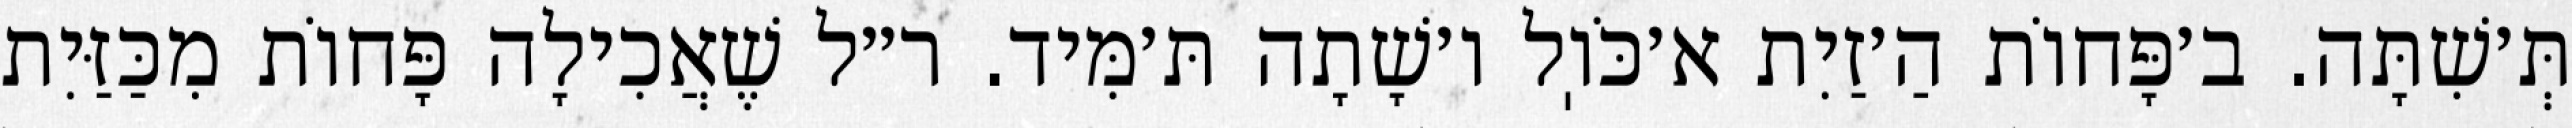
תְּ׳שִׁתָּה. ב׳פָּחוֹת הַ׳זַיִת א׳כֹּוֽל ו׳שָׁתָה תּ׳מִּיד. ר״ל שֶׁאֲכִילָה פָּחוֹת מִכַּזַּיִת